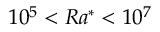
1 0 ^ { 5 } < R a ^ { * } < 1 0 ^ { 7 }